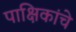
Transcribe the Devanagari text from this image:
पाक्षिकांचे